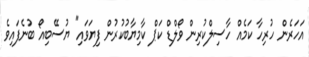
އަހަރެން ހުރިހާ ކަމެއް ހާސިލްކުރިން ވޯލްޑް ކަޕް ކާމިޔާބުކުރުން ފިޔަވައި" ޔުސޭބިއޯ ބުނެފައިވެ